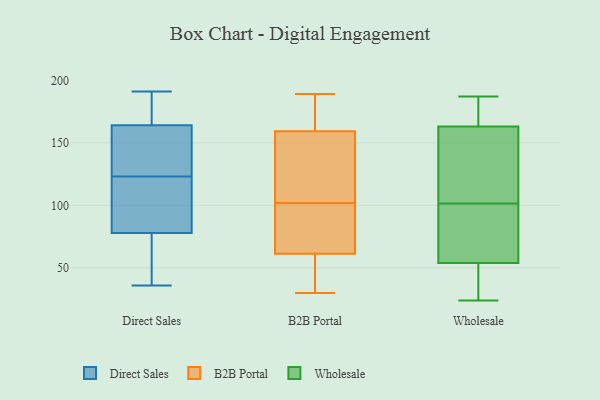
{"axis": {"x": "Demand Index", "y": "Value"}, "legend": ["B2B Portal", "Direct Sales", "Wholesale"], "data": [{"x": "", "y": 78, "type": "Direct Sales"}, {"x": "", "y": 179, "type": "Direct Sales"}, {"x": "", "y": 164, "type": "Direct Sales"}, {"x": "", "y": 131, "type": "Direct Sales"}, {"x": "", "y": 36, "type": "Direct Sales"}, {"x": "", "y": 120, "type": "Direct Sales"}, {"x": "", "y": 83, "type": "Direct Sales"}, {"x": "", "y": 191, "type": "Direct Sales"}, {"x": "", "y": 130, "type": "Direct Sales"}, {"x": "", "y": 78, "type": "Direct Sales"}, {"x": "", "y": 187, "type": "Direct Sales"}, {"x": "", "y": 67, "type": "Direct Sales"}, {"x": "", "y": 57, "type": "Direct Sales"}, {"x": "", "y": 131, "type": "Direct Sales"}, {"x": "", "y": 59, "type": "Direct Sales"}, {"x": "", "y": 184, "type": "Direct Sales"}, {"x": "", "y": 109, "type": "Direct Sales"}, {"x": "", "y": 126, "type": "Direct Sales"}, {"x": "", "y": 102, "type": "B2B Portal"}, {"x": "", "y": 79, "type": "B2B Portal"}, {"x": "", "y": 118, "type": "B2B Portal"}, {"x": "", "y": 44, "type": "B2B Portal"}, {"x": "", "y": 30, "type": "B2B Portal"}, {"x": "", "y": 170, "type": "B2B Portal"}, {"x": "", "y": 188, "type": "B2B Portal"}, {"x": "", "y": 125, "type": "B2B Portal"}, {"x": "", "y": 177, "type": "B2B Portal"}, {"x": "", "y": 65, "type": "B2B Portal"}, {"x": "", "y": 60, "type": "B2B Portal"}, {"x": "", "y": 54, "type": "B2B Portal"}, {"x": "", "y": 127, "type": "B2B Portal"}, {"x": "", "y": 189, "type": "B2B Portal"}, {"x": "", "y": 78, "type": "B2B Portal"}, {"x": "", "y": 164, "type": "Wholesale"}, {"x": "", "y": 35, "type": "Wholesale"}, {"x": "", "y": 129, "type": "Wholesale"}, {"x": "", "y": 54, "type": "Wholesale"}, {"x": "", "y": 163, "type": "Wholesale"}, {"x": "", "y": 187, "type": "Wholesale"}, {"x": "", "y": 74, "type": "Wholesale"}, {"x": "", "y": 138, "type": "Wholesale"}, {"x": "", "y": 56, "type": "Wholesale"}, {"x": "", "y": 24, "type": "Wholesale"}]}